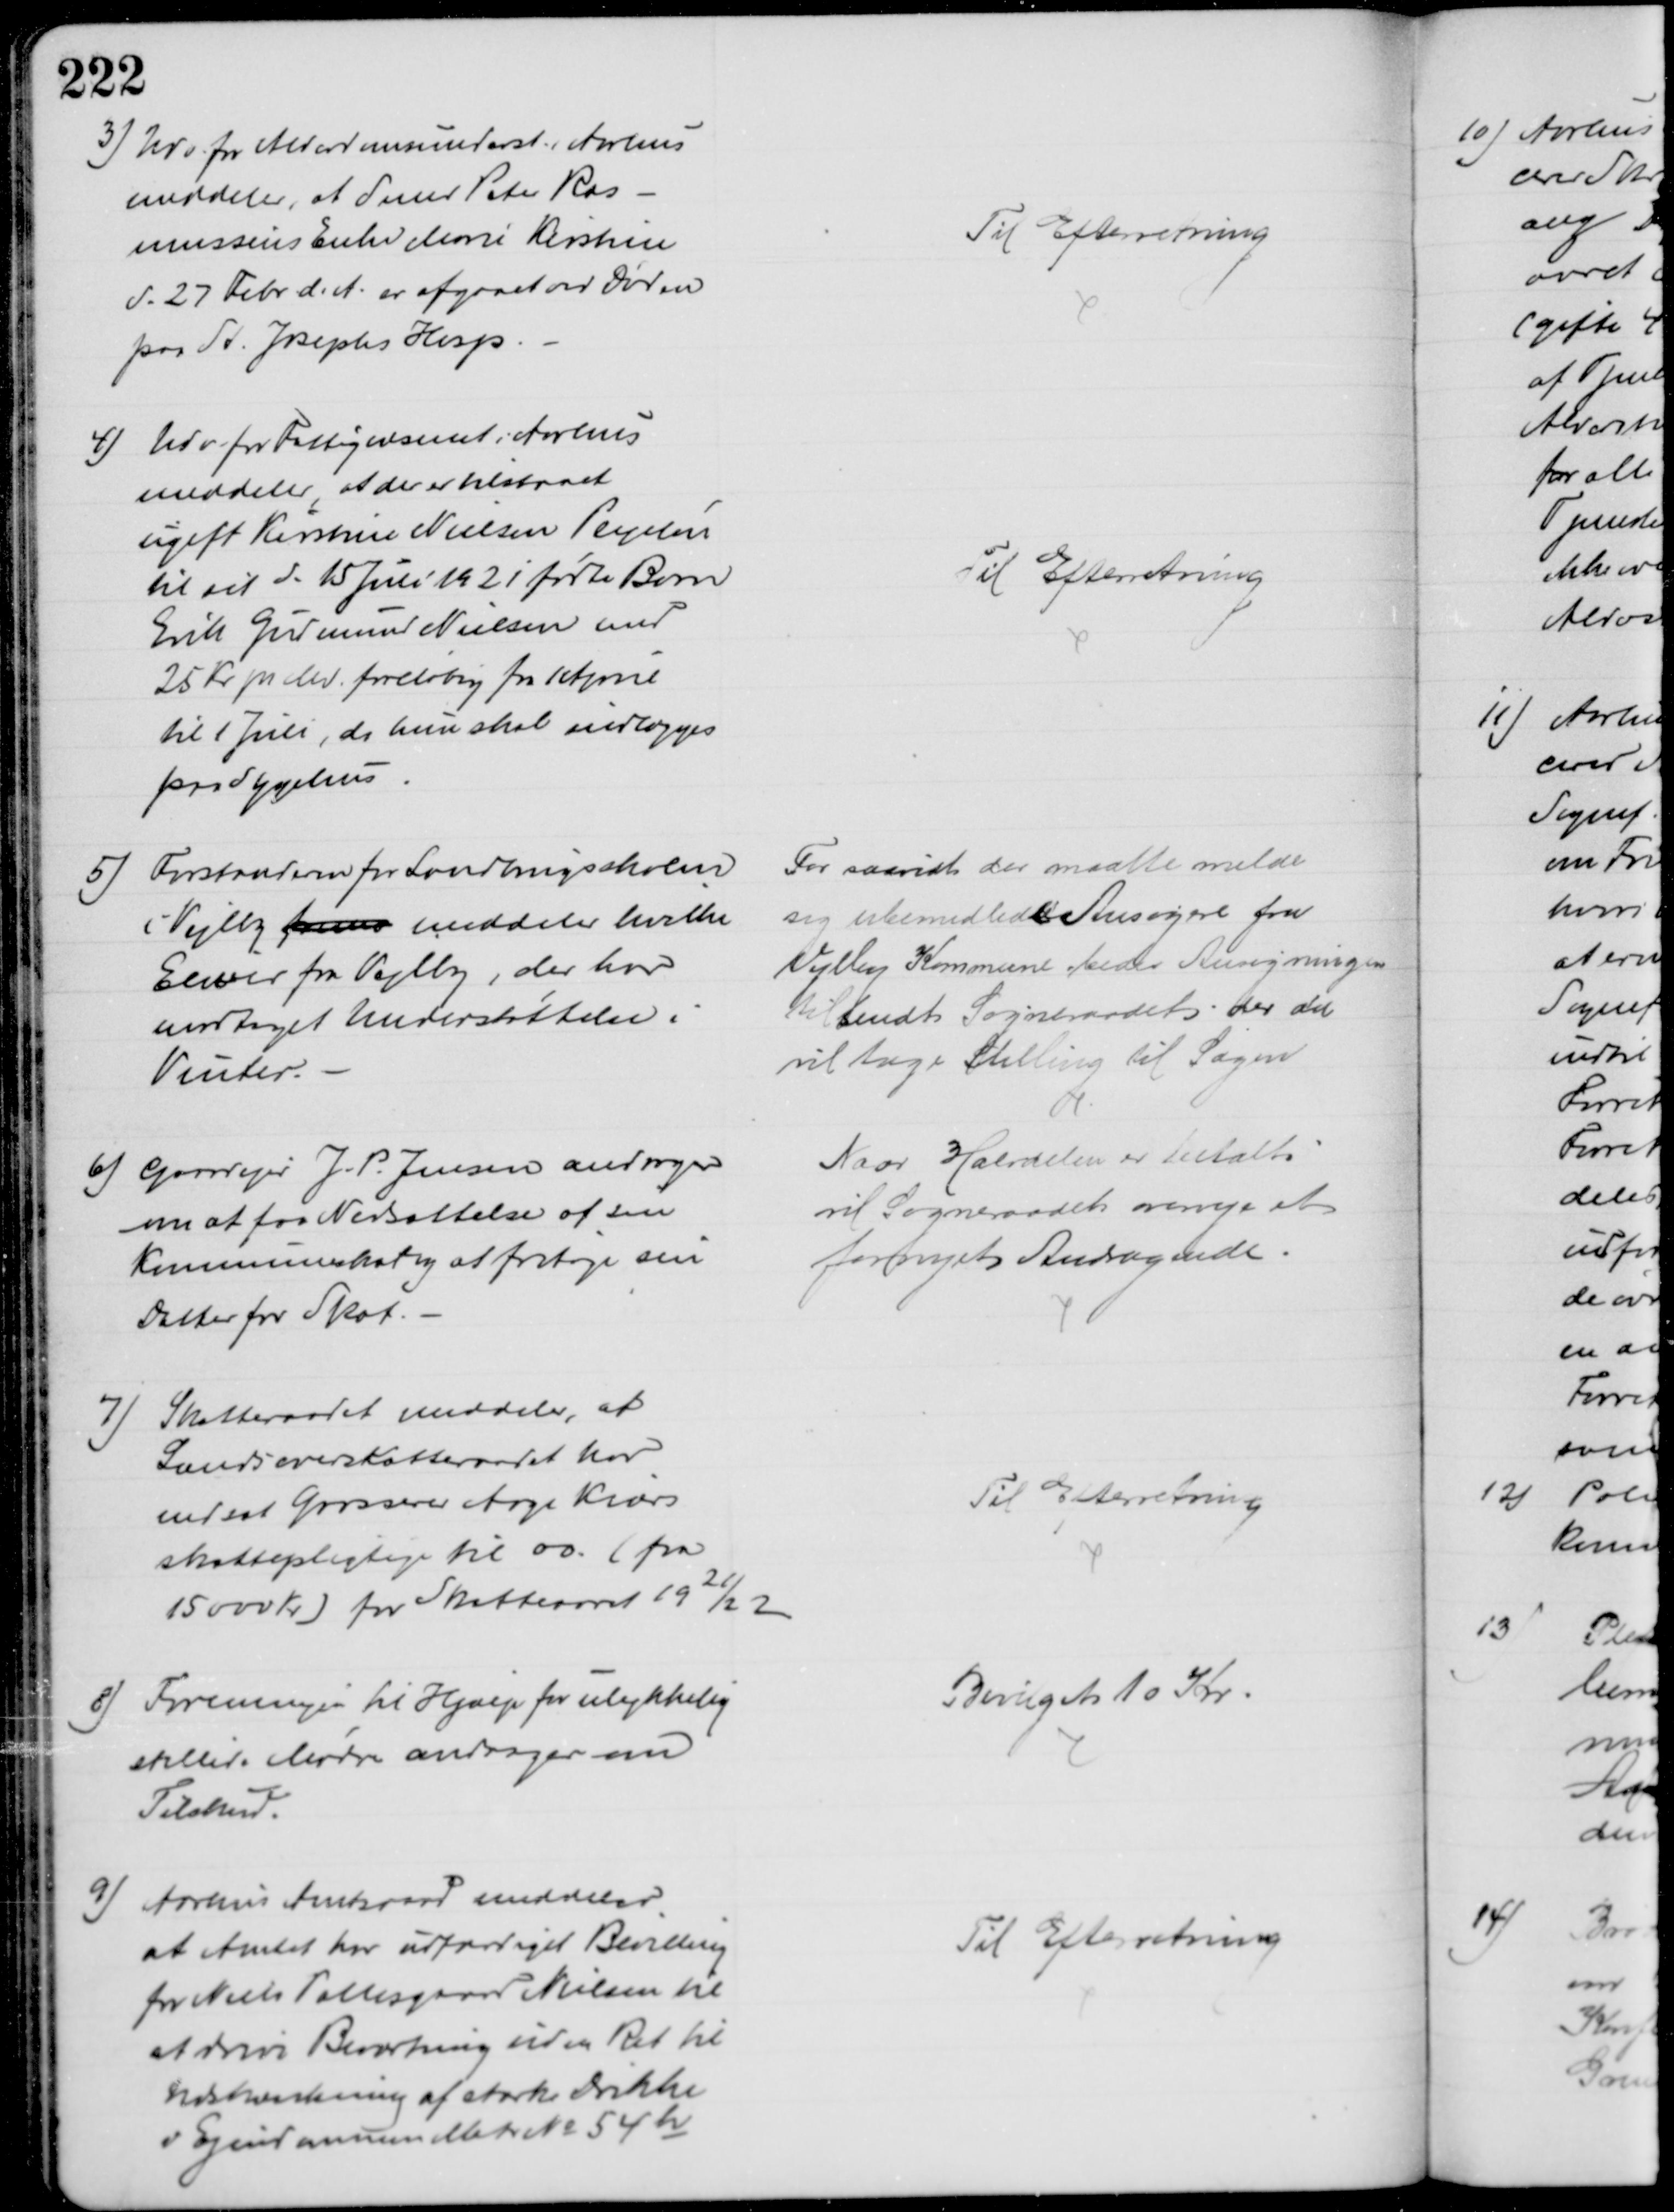
Transskription:
3) Udv. for Alderdomsunderst. i Aarhus
meddeler, at Smed Peter Ras-
mussens Enke Marie Kirstine
d. 27 Febr. d. A. er afgaaet ved Døden
paa St. Josephs Hosp.
Til Efterretning
4) Udv. for Fattigvæsenet i Aarhus
meddeler, at der er tilstaaet
ugift Kirstine Nielsen Plejeløn
til sit d. 15 Juli 1921 fødte Barn
Erik Gudmund Nielsen med
25 Kr pr Md foreløbig fra April
til 1 Juli, da hun skal indlægges
paa Sygehus
Til Efterretning
5) Forstanderen for Landbrugsskolen
i Vejlby frem meddeler hvilke 
Elever fra Vejlby, der har 
modtaget Understøttelse i
Vinter.
For saavidt der maatte melde 
sig ubemidlede Ansøgere fra 
Vejlby Kommune bedes Ansøgningen
tilsendt Sogneraadet der da
vil tage Stilling til Sagen
6) Gaardejer J. P. Jensen andrager
om at faa Nedsættelse af sin
Kommuneskat og at fritage sin
Datter for Skat.
Naar Halvdelen er betalt
vil Sogneraadet overveje et 
fornyet Andragende.
7) Skatteraadet meddeler, at
Landsoverskatteraadet har
nedsat Grosserer Aage Kiærs
skattepligtige til 00. (fra
15000 Kr) for Skatteaaret 1921/22
Til Efterretning
8)
Foreningen til Hjælp for ulykkelig
stillede Mødre andrager om
Tilskud.
Bevilget 10 Kr.
9)
Aarhus Amtsraad meddeler
at Amtet har udfærdiget Bevilling
for Niels Pallesgaard Nielsen til
at drive Beværtning uden Ret til 
Udskænkning af stærke Drikke
v Ejendommen Matr № 54h
Til Efterretning